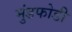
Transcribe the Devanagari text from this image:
मुंडफोडी